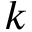
k